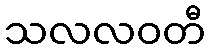
သလလဝတီ